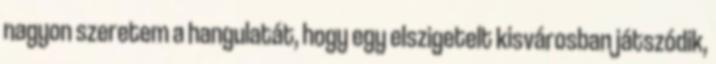
nagyon szeretem a hangulatát, hogy egy elszigetelt kisvárosban játszódik,